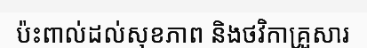
ប៉ះពាល់ដល់សុខភាព និងថវិកាគ្រួសារ